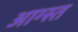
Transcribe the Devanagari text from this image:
आग्स्त